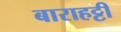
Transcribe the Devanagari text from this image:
बाराहट्टी